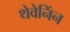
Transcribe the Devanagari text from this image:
थेवेनिंन